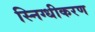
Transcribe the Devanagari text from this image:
स्निग्धीकरण